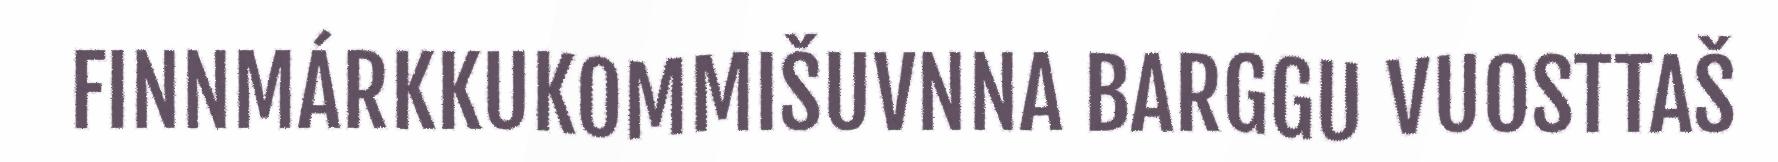
FINNMÁRKKUKOMMIŠUVNNA BARGGU VUOSTTAŠ